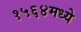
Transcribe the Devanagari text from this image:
१५६४मध्ये